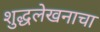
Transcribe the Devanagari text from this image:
शुद्धलेखनाचा